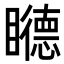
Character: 𥌩